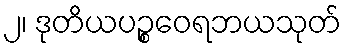
၂၊ ဒုတိယပဉ္စဝေရဘယသုတ်